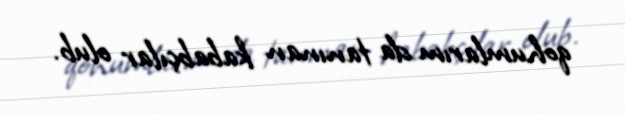
qohumlarım da tanınan kababçılar olub.